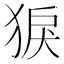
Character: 𤟑